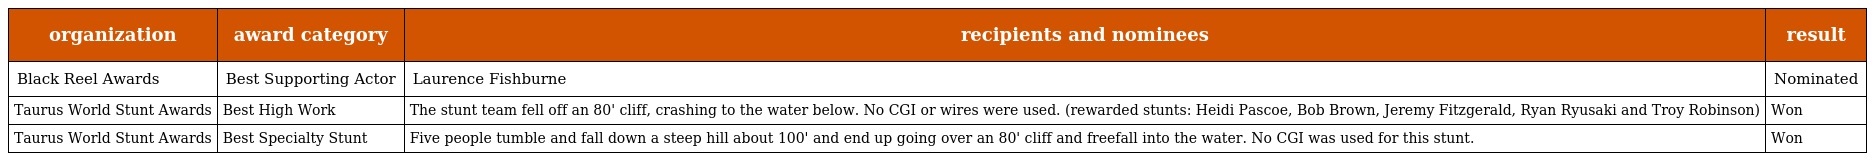
| organization | award category | recipients and nominees | result |
 | --- | --- | --- | --- |
 | Black Reel Awards | Best Supporting Actor | Laurence Fishburne | Nominated |
 | Taurus World Stunt Awards | Best High Work | The stunt team fell off an 80' cliff, crashing to the water below. No CGI or wires were used. (rewarded stunts: Heidi Pascoe, Bob Brown, Jeremy Fitzgerald, Ryan Ryusaki and Troy Robinson) | Won |
 | Taurus World Stunt Awards | Best Specialty Stunt | Five people tumble and fall down a steep hill about 100' and end up going over an 80' cliff and freefall into the water. No CGI was used for this stunt. | Won |